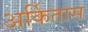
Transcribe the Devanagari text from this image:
अर्कितास